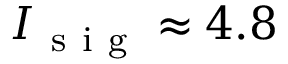
I _ { \mathrm { ~ s ~ i ~ g ~ } } \approx 4 . 8